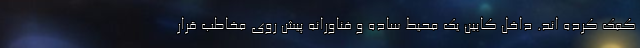
کمک کرده اند. داخل کابین یک محیط ساده و فناورانه پیش روی مخاطب قرار